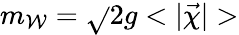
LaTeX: m_{\mathcal{W}}=\sqrt{}{{2}}g<|\vec{{\chi}}|>